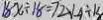
1 8 x \div 1 8 = 7 2 V _ { 4 } \div 1 3